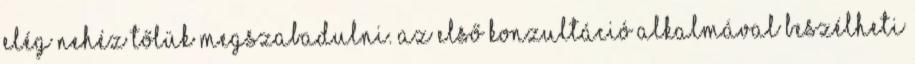
elég nehéz tőlük megszabadulni. Az első konzultáció alkalmával beszélheti